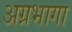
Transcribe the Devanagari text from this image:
अग्रभागा